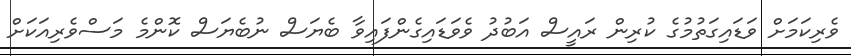
ވެރިކަމަށް ވަޑައިގަތުމުގެ ކުރިން ރައީސް އަބުދު ވެވަޑައިގެންފައިވާ ބެޔަސް ނުބެޔަސް ކޮންމެ މަސްވެރިއަކަށް